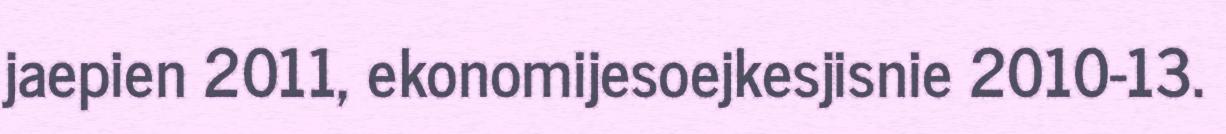
jaepien 2011, ekonomijesoejkesjisnie 2010-13.